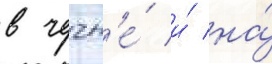
в чечн'е́ и́ на́